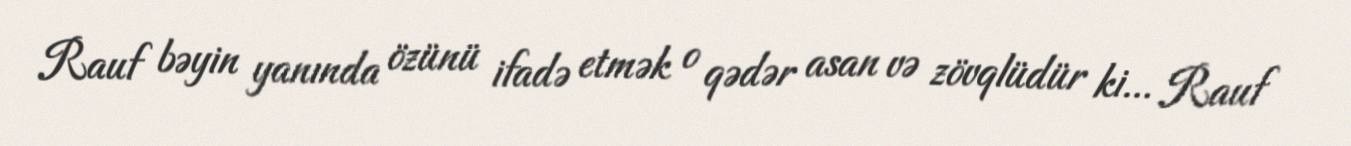
Rauf bəyin yanında özünü ifadə etmək o qədər asan və zövqlüdür ki... Rauf